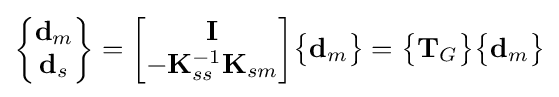
{\begin{Bmatrix}\mathbf {d} _{m}\\\mathbf {d} _{s}\end{Bmatrix}}={\begin{bmatrix}\mathbf {I} \\-\mathbf {K} _{ss}^{-1}\mathbf {K} _{sm}\end{bmatrix}}{\begin{Bmatrix}\mathbf {d} _{m}\end{Bmatrix}}={\begin{Bmatrix}\mathbf {T} _{G}\end{Bmatrix}}{\begin{Bmatrix}\mathbf {d} _{m}\end{Bmatrix}}